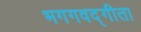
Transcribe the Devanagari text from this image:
भगगवद्गीता